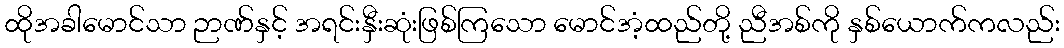
ထိုအခါမောင်သာ ဉာဏ်နှင့် အရင်းနှီးဆုံးဖြစ်ကြသော မောင်အံ့ထည်တို့ ညီအစ်ကို နှစ်ယောက်ကလည်း